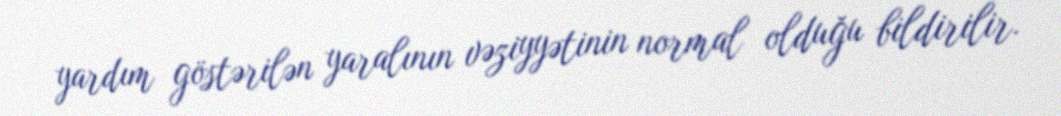
yardım göstərilən yaralının vəziyyətinin normal olduğu bildirilir.